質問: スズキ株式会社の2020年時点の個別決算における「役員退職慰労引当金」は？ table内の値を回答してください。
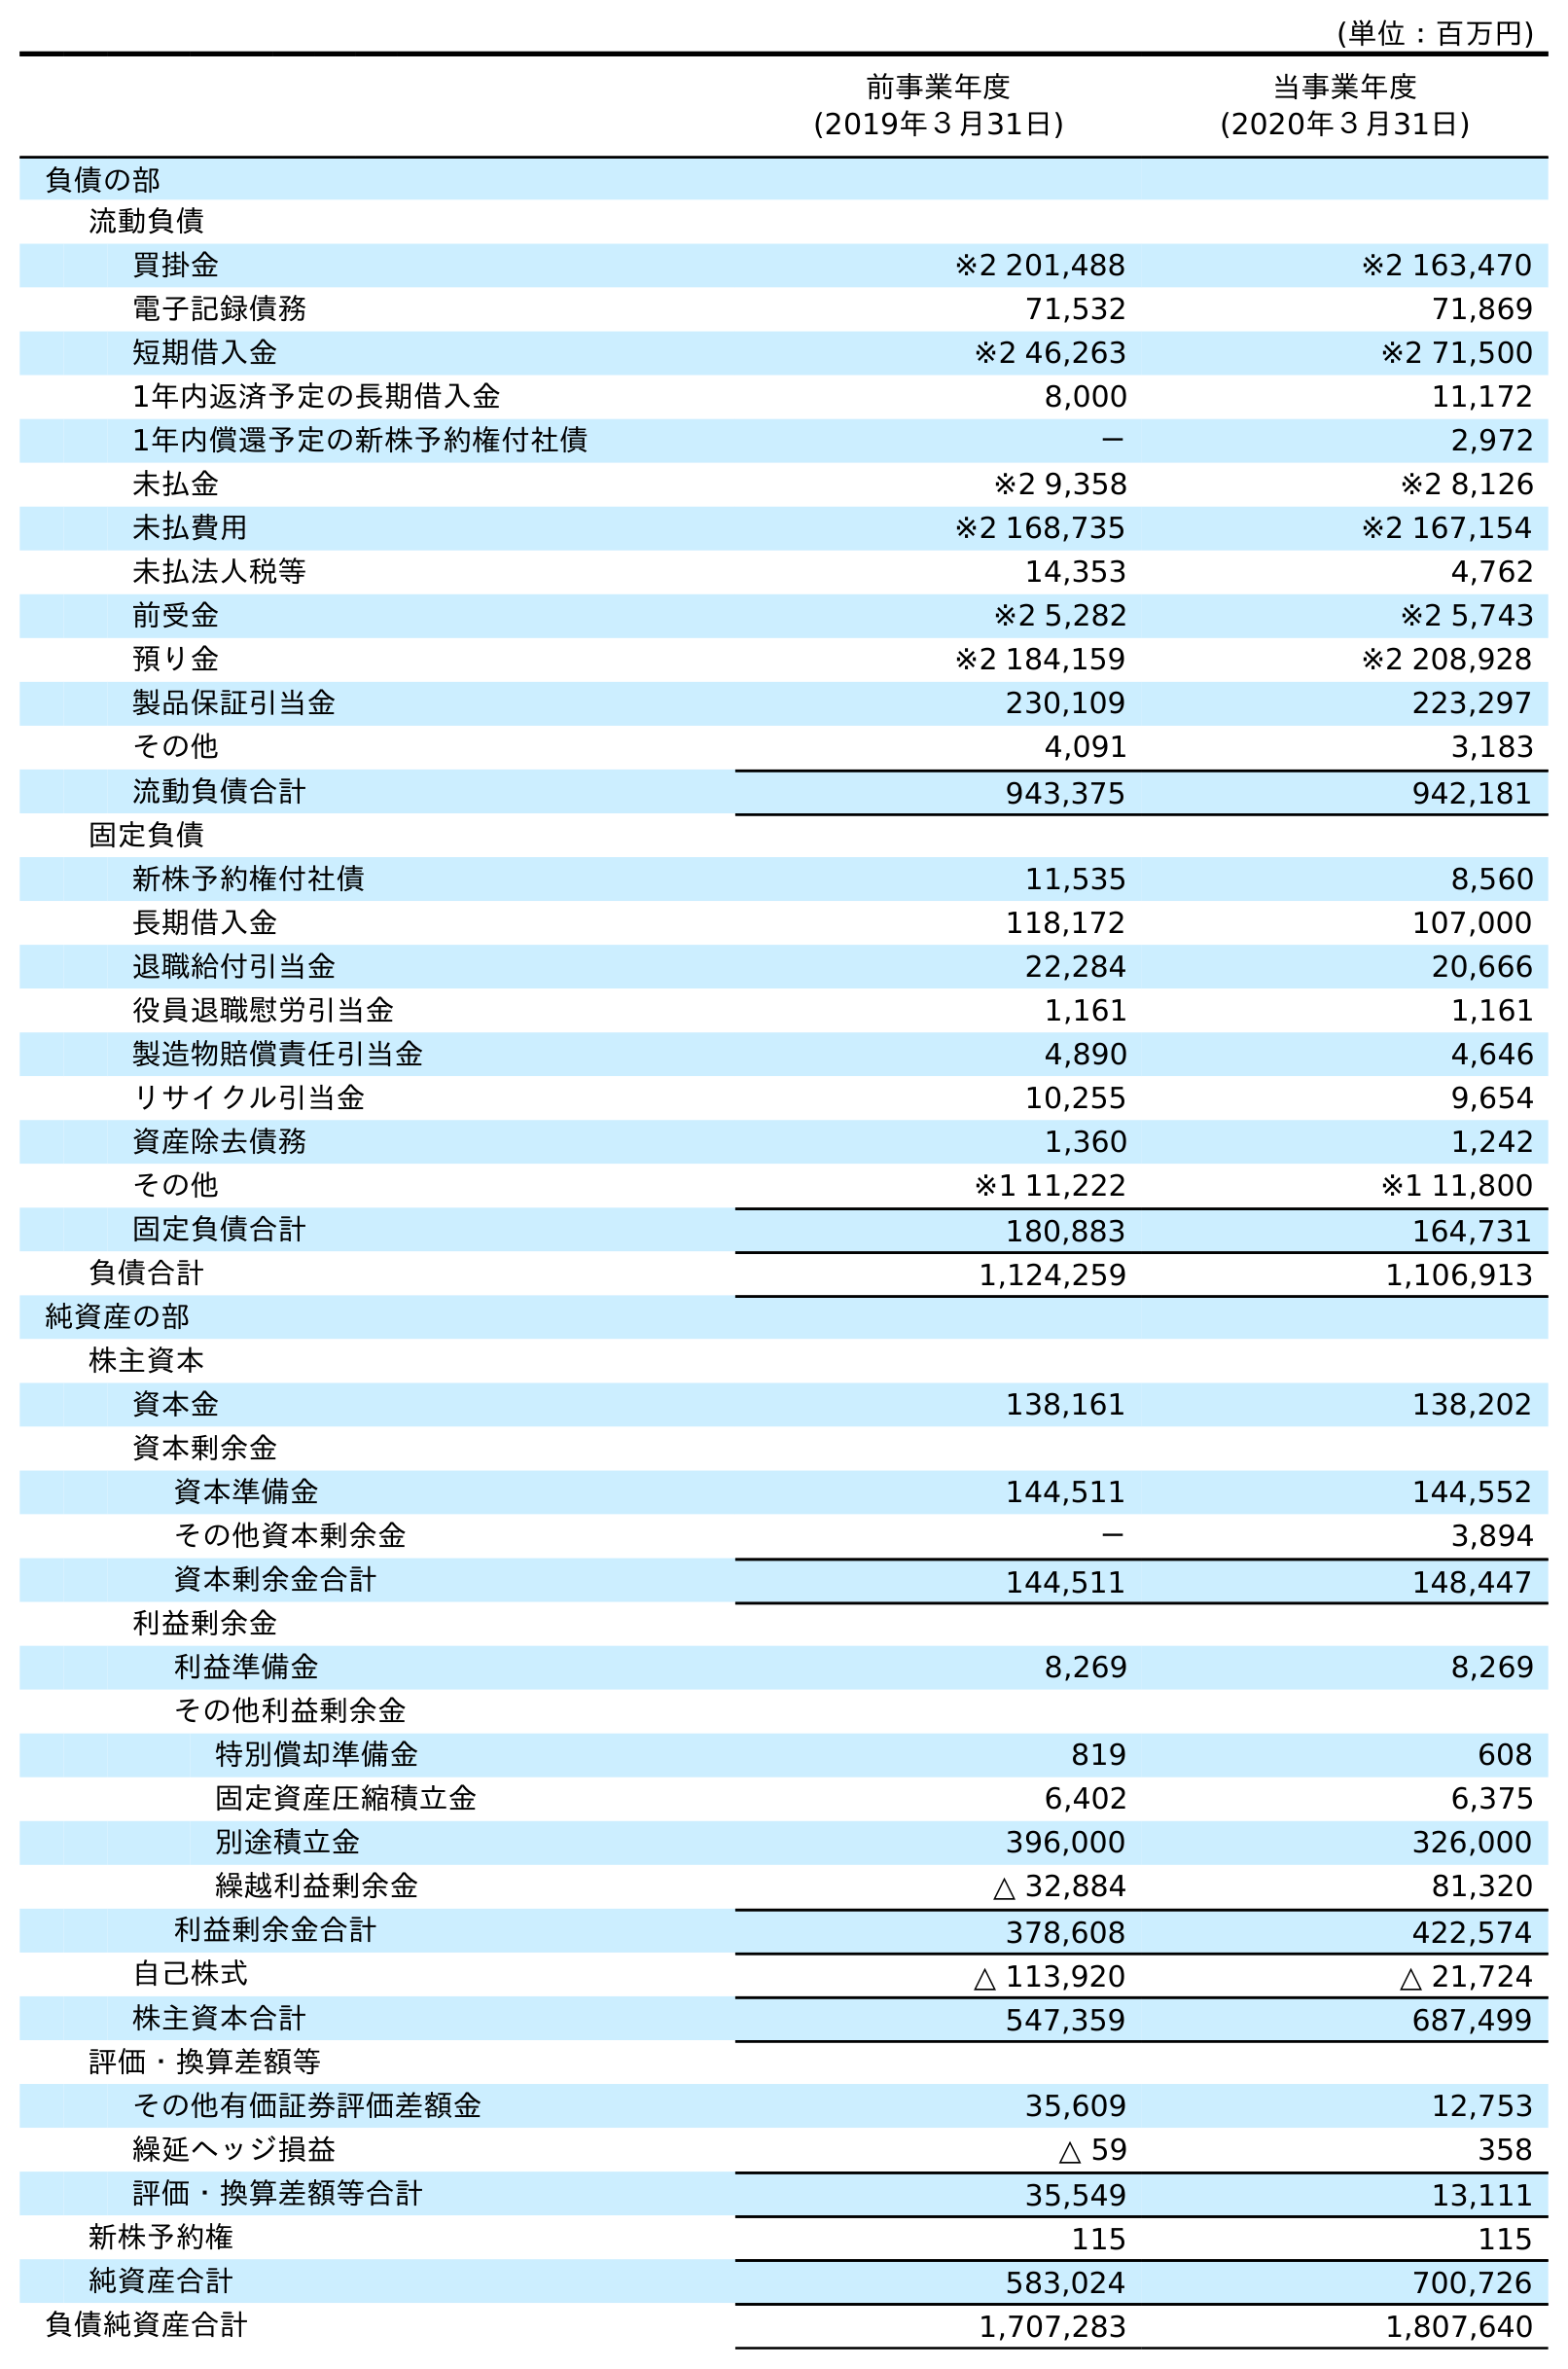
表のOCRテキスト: (単位：百万円) 前事業年度 (2019年３月31日) 当事業年度 (2020年３月31日) 負債の部 流動負債 買掛金 ※2 201,488 ※2 163,470 電子記録債務 71,532 71,869 短期借入金 ※2 46,263 ※2 71,500 1年内返済予定の長期借入金 8,000 11,172 1年内償還予定の新株予約権付社債 － 2,972 未払金 ※2 9,358 ※2 8,126 未払費用 ※2 168,735 ※2 167,154 未払法人税等 14,353 4,762 前受金 ※2 5,282 ※2 5,743 預り金 ※2 184,159 ※2 208,928 製品保証引当金 230,109 223,297 その他 4,091 3,183 流動負債合計 943,375 942,181 固定負債 新株予約権付社債 11,535 8,560 長期借入金 118,172 107,000 退職給付引当金 22,284 20,666 役員退職慰労引当金 1,161 1,161 製造物賠償責任引当金 4,890 4,646 リサイクル引当金 10,255 9,654 資産除去債務 1,360 1,242 その他 ※1 11,222 ※1 11,800 固定負債合計 180,883 164,731 負債合計 1,124,259 1,106,913 純資産の部 株主資本 資本金 138,161 138,202 資本剰余金 資本準備金 144,511 144,552 その他資本剰余金 － 3,894 資本剰余金合計 144,511 148,447 利益剰余金 利益準備金 8,269 8,269 その他利益剰余金 特別償却準備金 819 608 固定資産圧縮積立金 6,402 6,375 別途積立金 396,000 326,000 繰越利益剰余金 △ 32,884 81,320 利益剰余金合計 378,608 422,574 自己株式 △ 113,920 △ 21,724 株主資本合計 547,359 687,499 評価・換算差額等 その他有価証券評価差額金 35,609 12,753 繰延ヘッジ損益 △ 59 358 評価・換算差額等合計 35,549 13,111 新株予約権 115 115 純資産合計 583,024 700,726 負債純資産合計 1,707,283 1,807,640
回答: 1,161